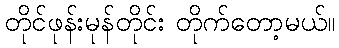
တိုင်ဖုန်းမုန်တိုင်း တိုက်တော့မယ်။